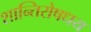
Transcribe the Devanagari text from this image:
शान्तिरोषधय